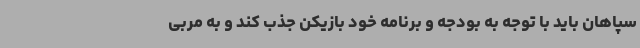
سپاهان باید با توجه به بودجه و برنامه خود بازیکن جذب کند و به مربی